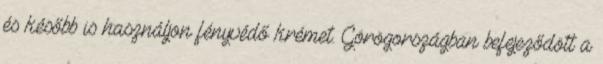
és később is használjon fényvédő krémet. Görögországban befejeződött a